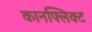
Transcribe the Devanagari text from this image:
कानफ्लिक्ट